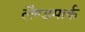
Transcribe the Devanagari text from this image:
लैण्‍डमार्क